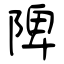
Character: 陴